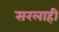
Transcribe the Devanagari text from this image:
सरलाही